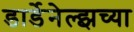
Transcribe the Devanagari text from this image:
डार्डेनेल्झच्या